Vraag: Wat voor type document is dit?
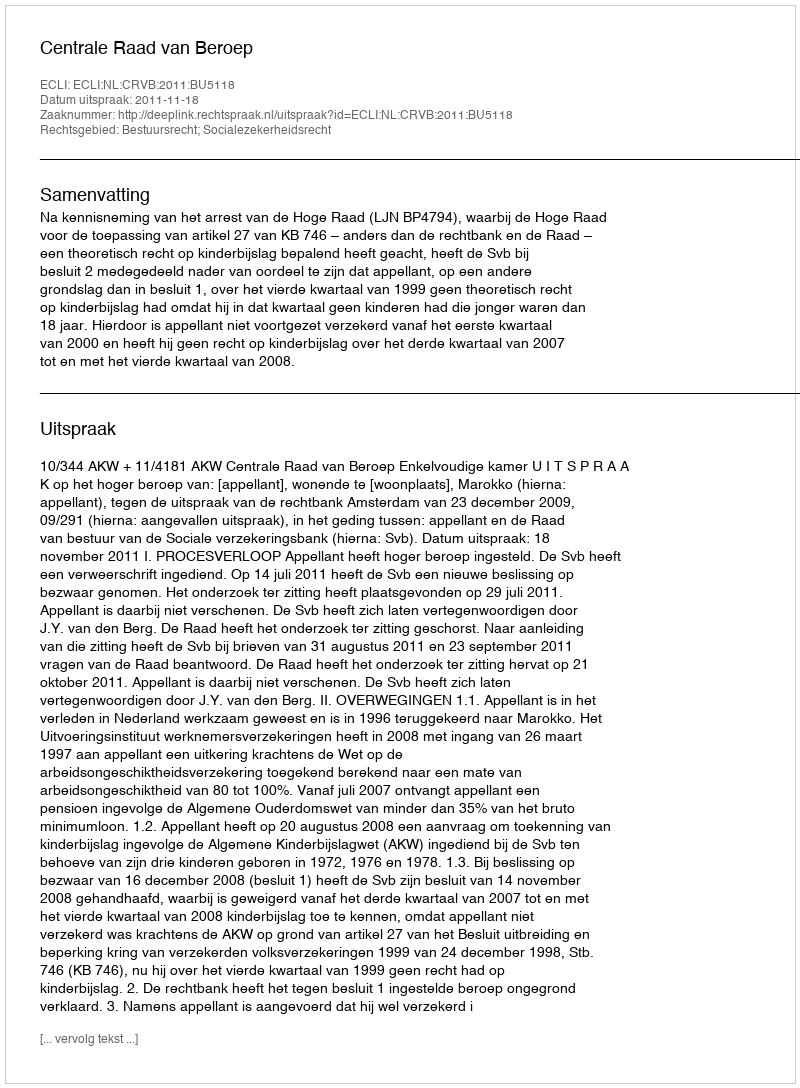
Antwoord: Uitspraak